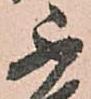
不